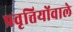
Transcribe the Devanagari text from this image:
प्रवृत्तियोंवाले